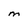
Character: M